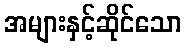
အများနှင့်ဆိုင်သော